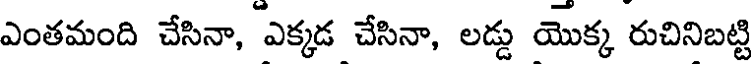
ఎంతమంది చేసినా, ఎక్కడ చేసినా, లడ్డు యొక్క రుచినిబట్టి